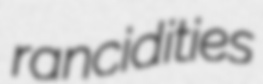
rancidities